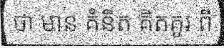
ថា មាន គំនិត គិតគូរ ពី